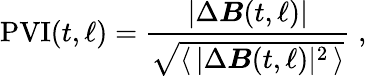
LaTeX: \mathrm{PVI}(t,\ell)=\frac{|\Delta\boldsymbol{B}(t,\ell)|}{\sqrt{\langle\, |\Delta\boldsymbol{B}(t,\ell)|^{2}\, \rangle}}\; ,